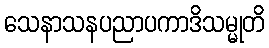
သေနာသနပညာပကာဒိသမ္မုတိ